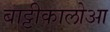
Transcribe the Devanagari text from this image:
बाट्टीकालोआ